Rangoon Lunatic Asylum 1898-1906 - 1898-1906
Year: 1898
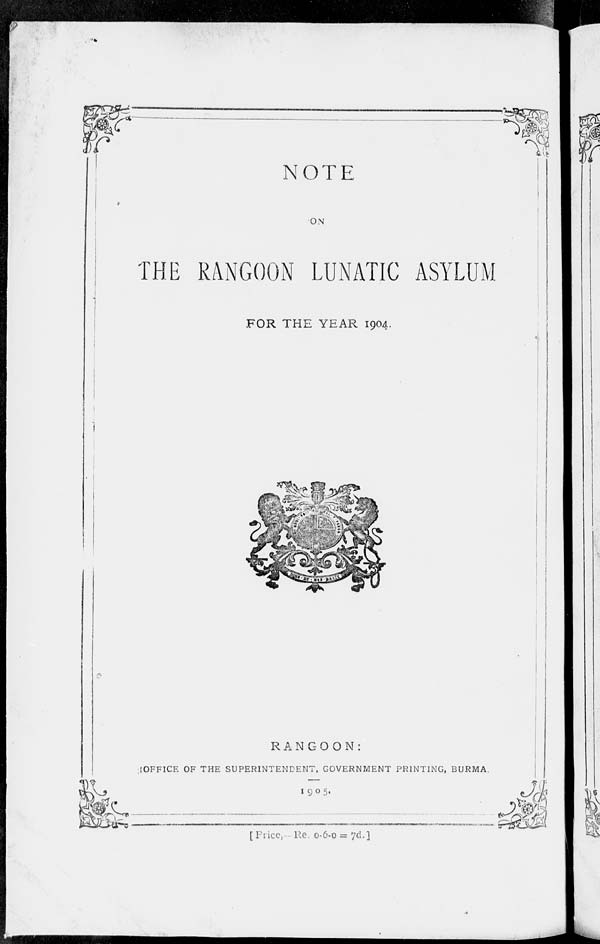
NOTE
ON
THE RANGOON LUNATIC ASYLUM
FOR THE YEAR 1904.
RANGOON:
OFFICE OF THE SUPERINTENDENT, GOVERNMENT PRINTING, BURMA.
1905.
[Price, Re. 0-6-0 = 7d.]